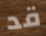
قد